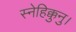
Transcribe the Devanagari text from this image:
स्नेहिक्कुनु।